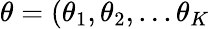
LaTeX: \theta=(\theta_{1},\theta_{2},...\theta_{K}